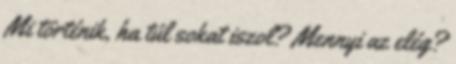
Mi történik, ha túl sokat iszol? Mennyi az elég?